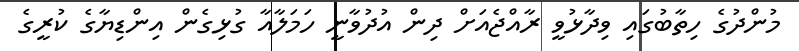
މުންދުގެ ހިތާބުގައި ވިދާޅުވީ ރާއްޖެއަށް ދިން އުދުވާނީ ހަމަލާއާ ގުޅިގެން އިންޑިޔާގެ ކުރީގެ